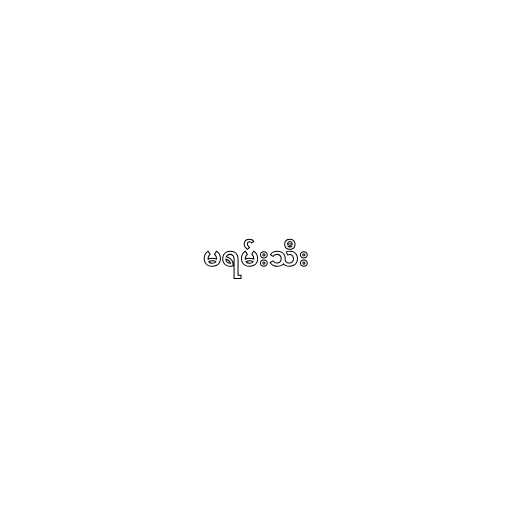
မရမ်းသီး